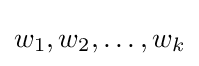
w_{1},w_{2},\ldots ,w_{k}